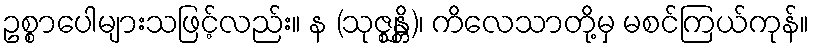
ဥစ္စာပေါများသဖြင့်လည်း။ န (သုဇ္ဈန္တိ)၊ ကိလေသာတို့မှ မစင်ကြယ်ကုန်။